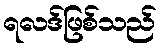
ရလဒ်ဖြစ်သည်